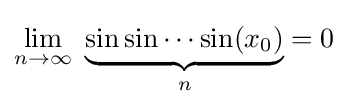
\lim _{n\to \infty }\ \underbrace {\sin \sin \cdots \sin(x_{0})} _{n}=0